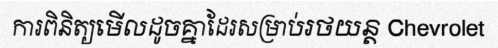
ការពិនិត្យមើលដូចគ្នាដែរសម្រាប់រថយន្ត Chevrolet